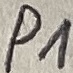
Text: P1